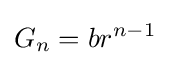
G_{n}=br^{n-1}